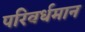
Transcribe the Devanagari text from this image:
परिवर्धमान